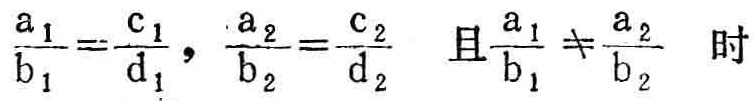
$\frac{a_{1}}{b_{1}}=\frac{c_{1}}{d_{1}},\frac{a_{2}}{b_{2}}=\frac{c_{2}}{d_{2}}\text{ 且 }\frac{a_{1}}{b_{1}}\neq\frac{a_{2}}{b_{2}}\text{ 时}$